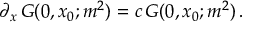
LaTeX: \partial _ { x } \, G ( 0 , x _ { 0 } ; m ^ { 2 } ) = c \, G ( 0 , x _ { 0 } ; m ^ { 2 } ) \, .